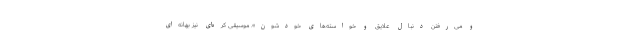
و می‌رفتن دنبال علایق و خواسته‌های خودشون». موسیقی کره‌ای نیز بهانه‌ای